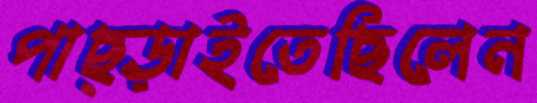
পাছ্‌ড়াইতেছিলেন